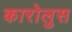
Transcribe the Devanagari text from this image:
कारोलुस